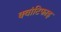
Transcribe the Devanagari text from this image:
क्वांटिफाइ